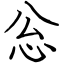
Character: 忩